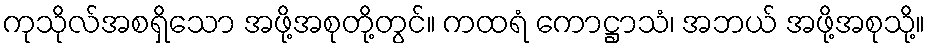
ကုသိုလ်အစရှိသော အဖို့အစုတို့တွင်။ ကထရံ ကောဋ္ဌာသံ၊ အဘယ် အဖို့အစုသို့။